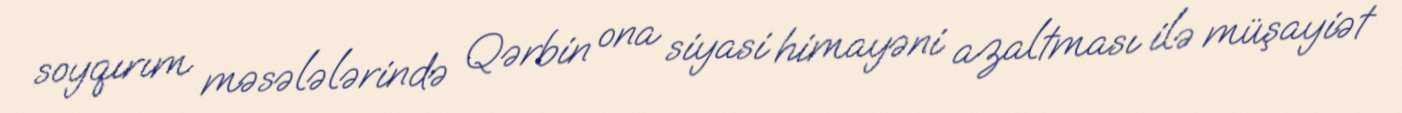
soyqırım məsələlərində Qərbin ona siyasi himayəni azaltması ilə müşayiət